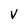
Character: v